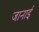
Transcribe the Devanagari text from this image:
जानाई